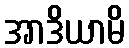
အာဒိယာမိ